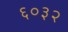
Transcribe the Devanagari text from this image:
६०३२